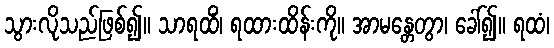
သွားလိုသည်ဖြစ်၍။ သာရထိံ၊ ရထားထိန်းကို။ အာမန္တေတွာ၊ ခေါ်၍။ ရထံ၊